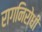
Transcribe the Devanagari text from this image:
रागनिरोधी